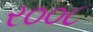
ર૦૦૮